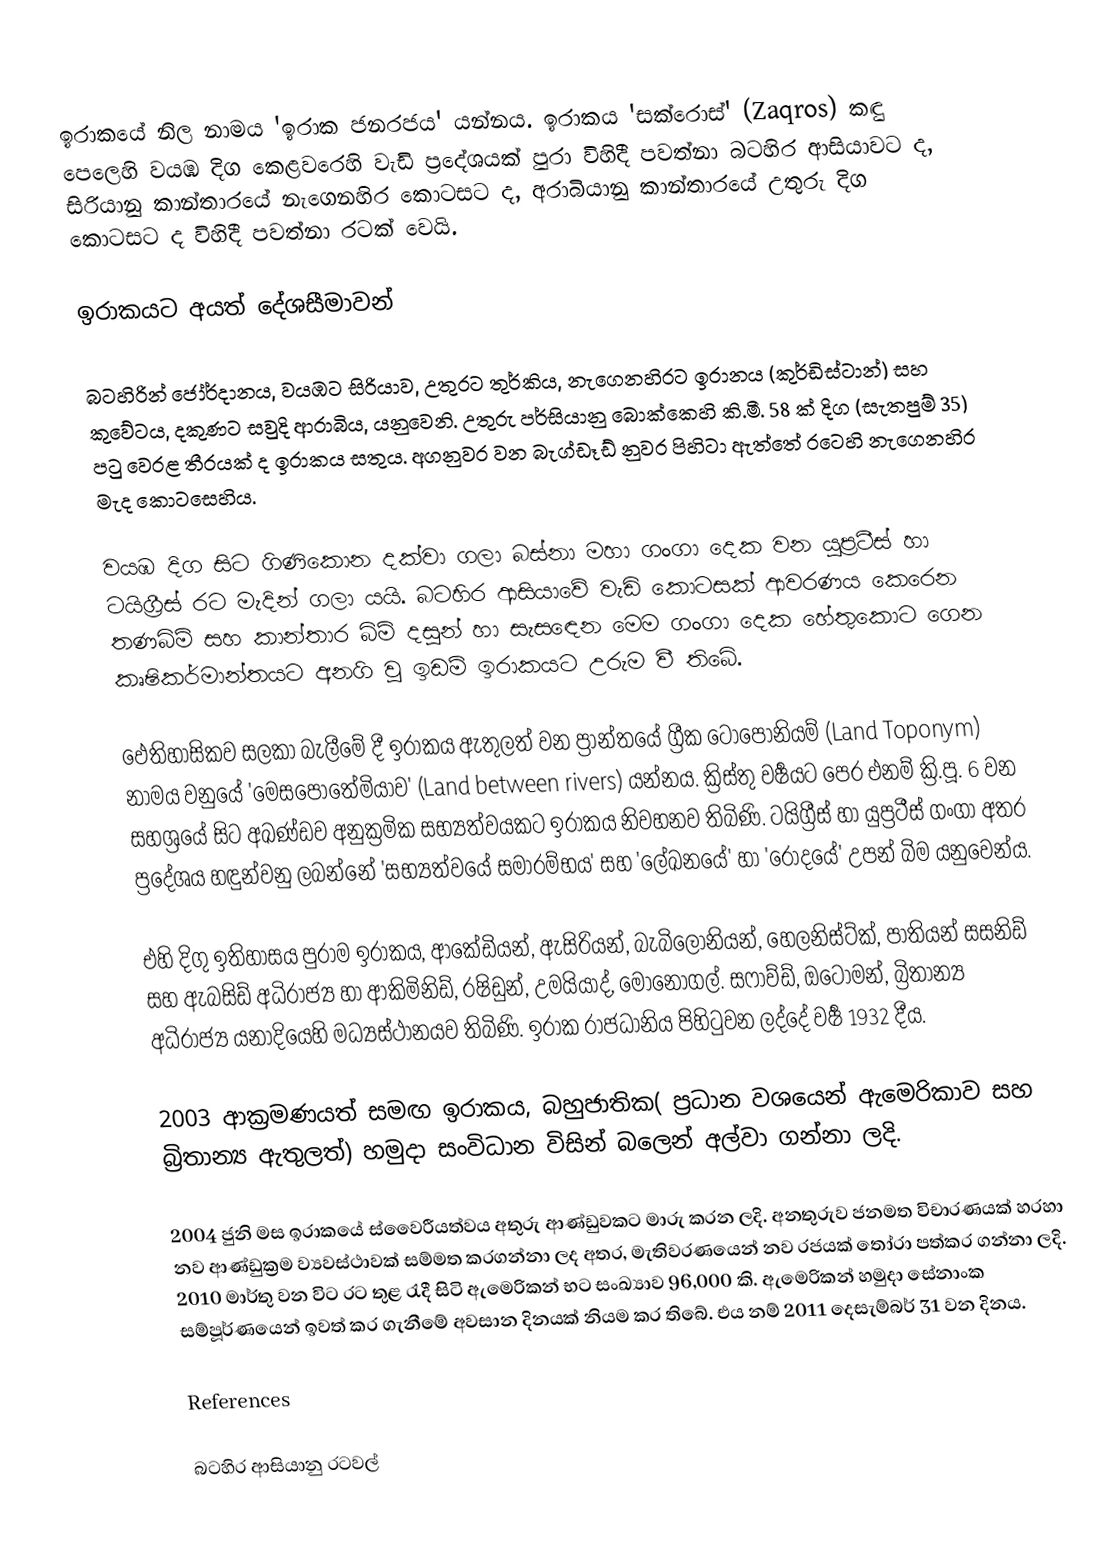
ඉරාකයේ නිල නාමය 'ඉරාක ජනරජය' යන්නය. ඉරාකය 'සක්රොස්' (Zaqros) කඳු පෙලෙහි වයඹ දිග කෙළවරෙහි වැඩි ප්‍රදේශයක් පුරා විහිදී පවත්නා බටහිර ආසියාවට ද, සිරියානු කාන්තාරයේ නැගෙනහිර කොටසට ද, අරාබියානු කාන්තාරයේ උතුරු දිග කොටසට ද විහිදී පවත්නා රටක් වෙයි.

ඉරාකයට අයත් දේශසීමාවන්

බටහිරින් ජෝර්දානය, වයඹට සිරියාව, උතුරට තුර්කිය, නැගෙනහිරට ඉරානය (කුර්ඩිස්ටාන්) සහ කුවේටය, දකුණට සවුදි ආරාබිය, යනුවෙනි. උතුරු පර්සියානු බොක්කෙහි කි.මී. 58 ක් දිග (සැතපුම් 35) පටු වෙරළ තීරයක් ද ඉරාකය සතුය.  අගනුවර වන බැග්ඩෑඩ් නුවර පිහිටා ඇත්තේ රටෙහි නැගෙනහිර මැද කොටසෙහිය.

වයඹ දිග සිට ගිණිකොන දක්වා ගලා බස්නා මහා ගංගා දෙක වන යුප්‍රටීස් හා ටයිග්‍රීස් රට මැදින් ගලා යයි. බටහිර ආසියාවේ වැඩි කොටසක් ආවරණය කෙරෙන තණබිම් සහ කාන්තාර බිම් දසුන් හා සැසඳෙන මෙම ගංගා දෙක හේතුකොට ගෙන කෘෂිකර්මාන්තයට අනගි වූ ඉඩම් ඉරාකයට උරුම වී තිබේ.

ඵෙතිහාසිකව සලකා බැලීමේ දී ඉරාකය ඇතුලත් වන ප්‍රාන්තයේ ග්‍රීක ටොපෝනියම් (Land Toponym) නාමය වනුයේ 'මෙසපොතේමියාව' (Land between rivers) යන්නය. ක්‍රිස්තු වර්‍ෂයට පෙර එනම් ක්‍රි.පූ. 6 වන සහශ්‍රයේ සිට අඛණ්ඩව අනුක්‍රමික සභ්‍යත්වයකට ඉරාකය නිවහනව තිබිණි. ටයිග්‍රීස් හා යුප්‍රටීස් ගංගා අතර ප්‍රදේශය හඳුන්වනු ලබන්නේ 'සභ්‍යත්වයේ  සමාරම්භය' සහ 'ලේඛනයේ' හා 'රෝදයේ' උපන් බිම යනුවෙන්ය.

එහි දිගු ඉතිහාසය පුරාම ඉරාකය, ආකේඩියන්, ඇසිරියන්, බැබිලෝනියන්, හෙලනිස්ට්ක්, පාතියන් සසනිඩ් සහ ඇබසිඩ් අධිරාජ්‍ය හා ආකිමිනිඩ්, රෂිඩුන්, උමයියාද්, මොනෝගල්. සෆාව්ඩ්, ඔටෝමන්, බ්‍රිතාන්‍ය අධිරාජ්‍ය යනාදියෙහි මධ්‍යස්ථානයව තිබිණි. ඉරාක රාජධානිය පිහිටුවන ලද්දේ වර්‍ෂ 1932 දීය.

2003 ආක්‍රමණයත් සමඟ  ඉරාකය, බහුජාතික( ප්‍රධාන වශයෙන් ඇමෙරිකාව සහ බ්‍රිතාන්‍ය ඇතුලත්) හමුදා සංවිධාන විසින් බලෙන් අල්වා ගන්නා ලදි.

2004 ජුනි මස ඉරාකයේ ස්වෛරීයත්වය අතුරු ආණ්ඩුවකට මාරු කරන ලදි. අනතුරුව ජනමත විචාරණයක් හරහා නව ආණ්ඩුක්‍රම ව්‍යවස්ථාවක් සම්මත කරගන්නා ලද අතර, මැතිවරණයෙන් නව රජයක් තෝරා පත්කර ගන්නා ලදි. 2010 මාර්තු වන විට රට තුළ රැදී සිටි ඇමෙරිකන් භට සංඛ්‍යාව 96,000 කි. ඇමෙරිකන්  හමුදා සේනාංක සම්පූර්ණයෙන් ඉවත් කර ගැනීමේ අවසාන දිනයක් නියම කර තිබේ. එය නම් 2011 දෙසැම්බර් 31 වන දිනය.

References

බටහිර ආසියානු රටවල්